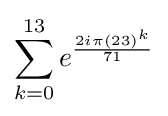
\sum _{k=0}^{13}e^{\frac {2i\pi (23)^{k}}{71}}